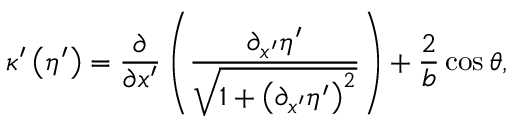
\kappa ^ { \prime } \left( \eta ^ { \prime } \right) = \frac { \partial } { \partial x ^ { \prime } } \left( \frac { \partial _ { x ^ { \prime } } \eta ^ { \prime } } { \sqrt { 1 + \left( \partial _ { x ^ { \prime } } \eta ^ { \prime } \right) ^ { 2 } } } \right) + \frac { 2 } { b } \cos { \theta } ,